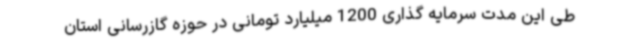
طی این مدت سرمایه گذاری 1200 میلیارد تومانی در حوزه گازرسانی استان